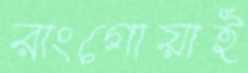
রাংগোয়াই